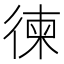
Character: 徚